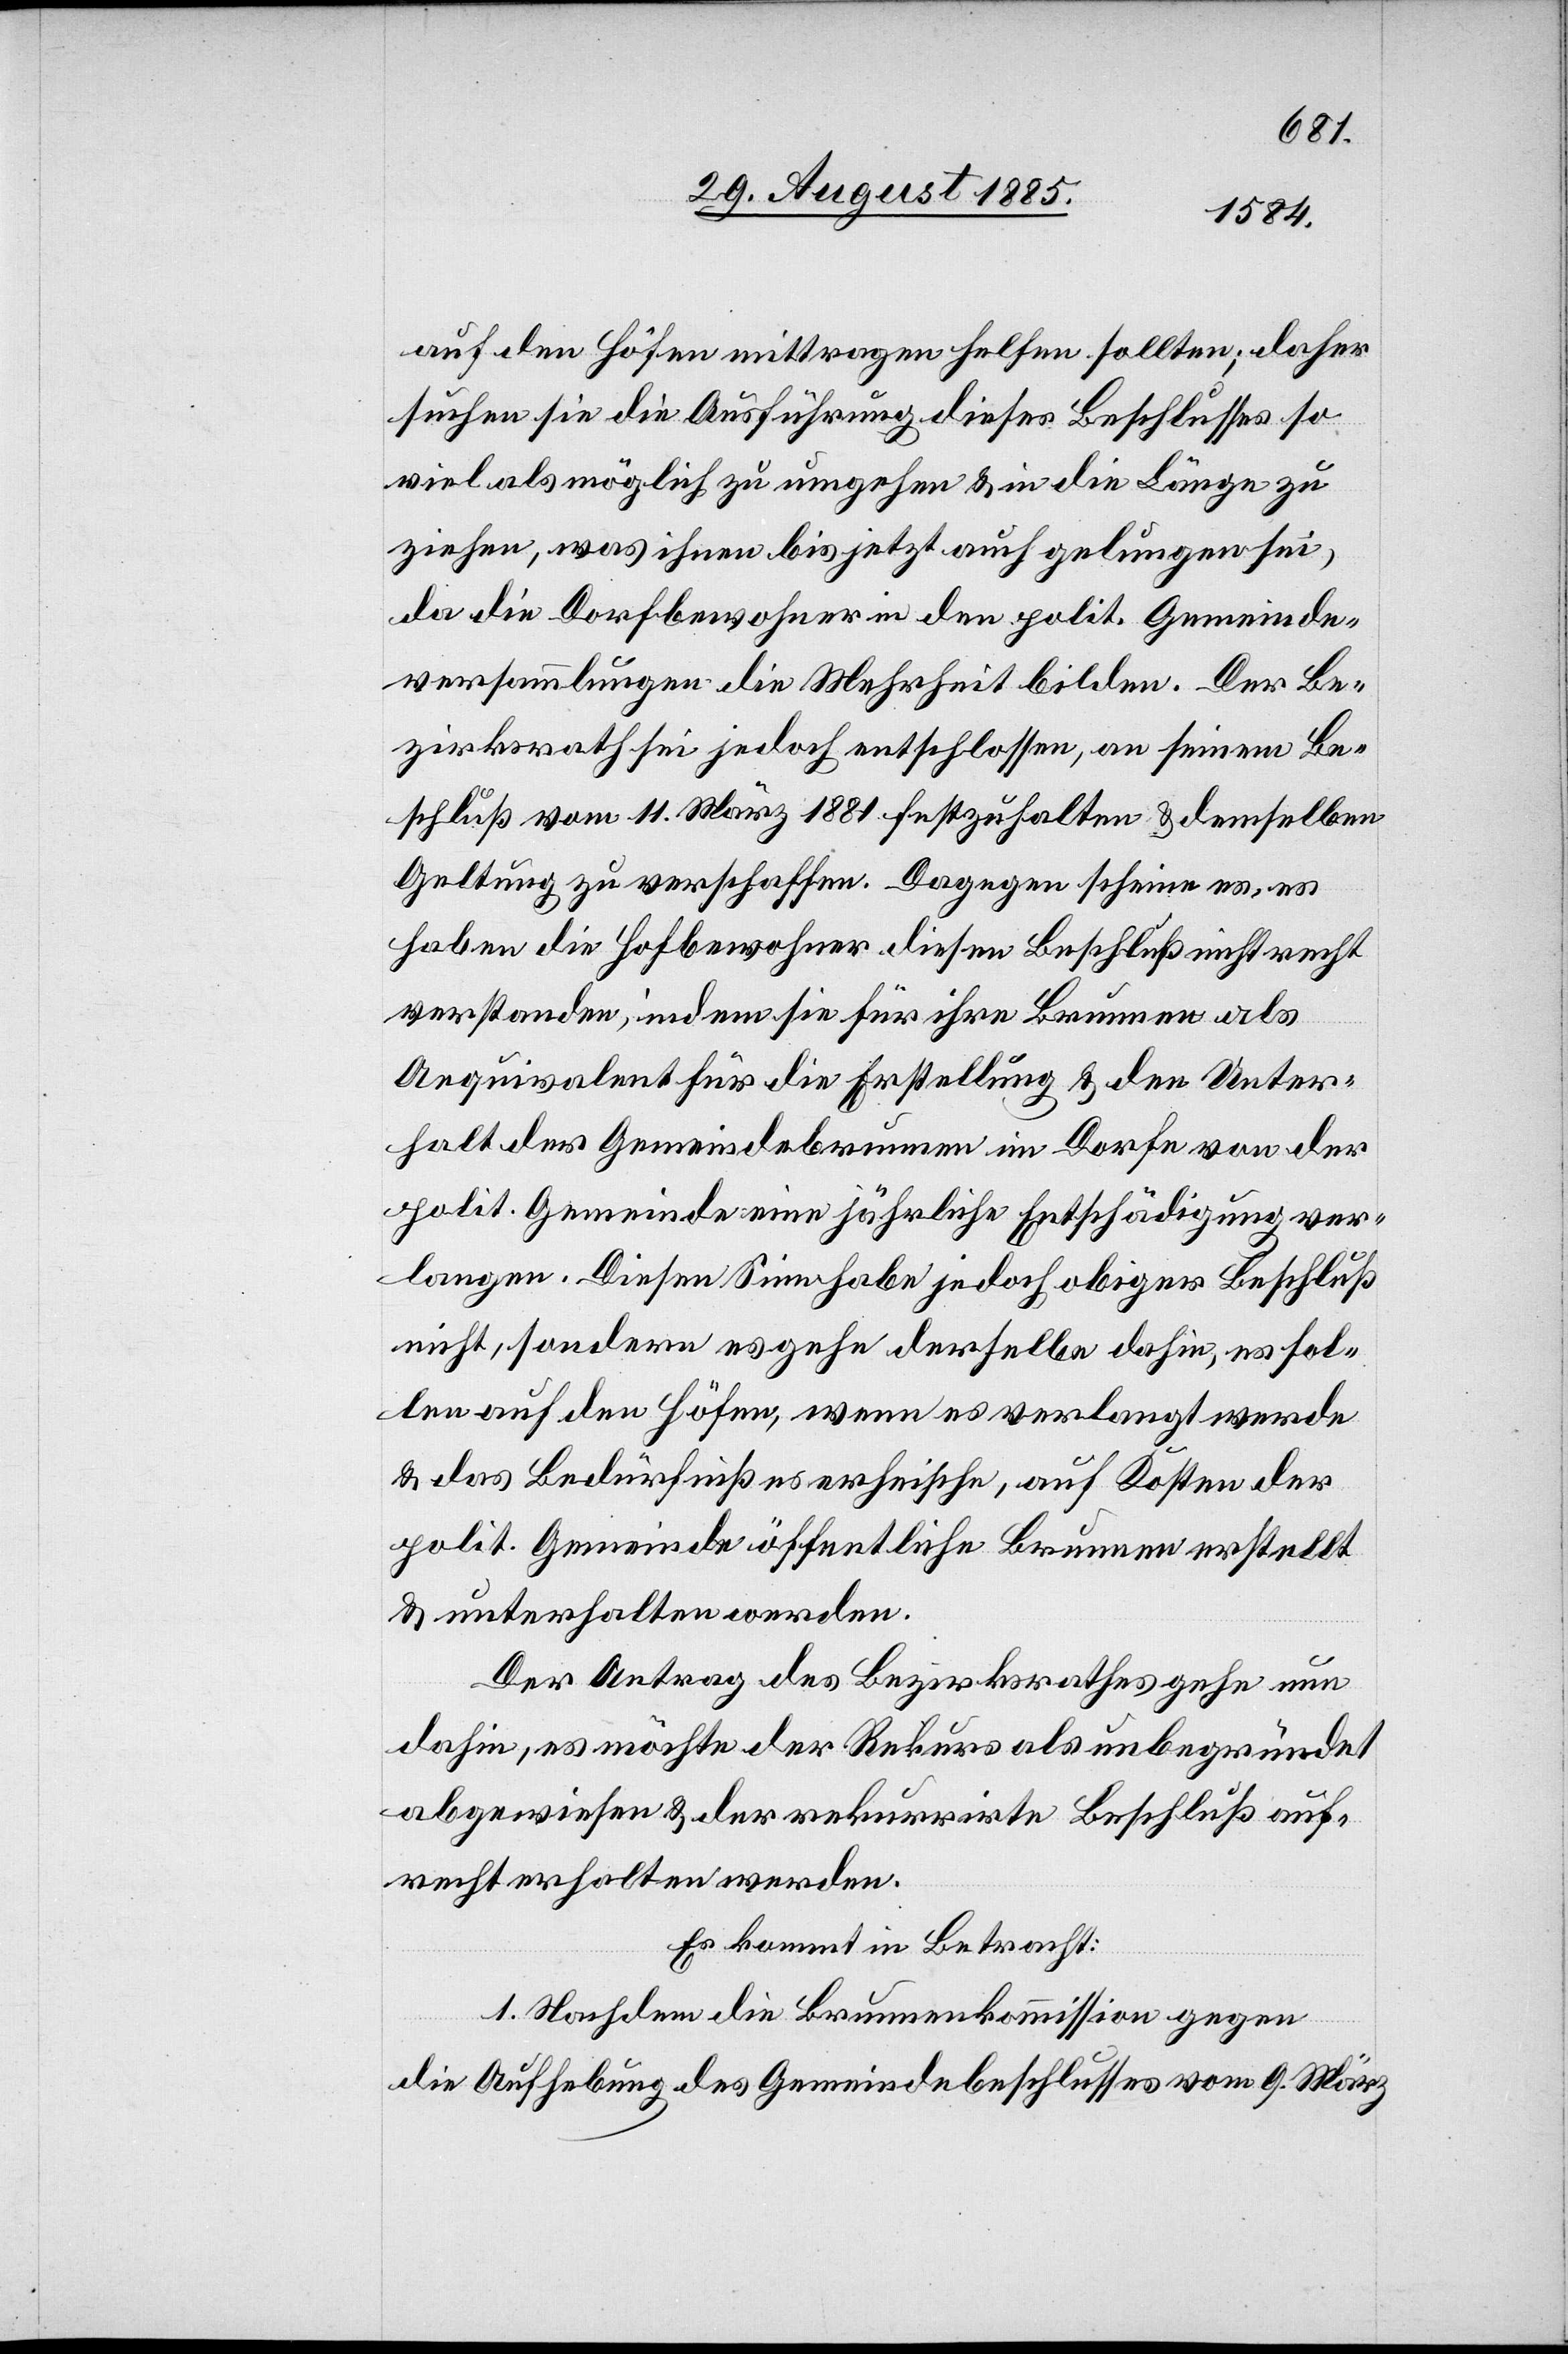
auf den Höfen mittragen helfen sollten; daher
suchen sie die Ausführung dieses Beschlusses so
viel als möglich zu umgehen & in die Länge zu
ziehen, was ihnen bis jetzt auch gelungen sei,
da die Dorfbewohner in den polit. Gemeinde¬
versammlungen die Mehrheit bilden. Der Be¬
zirksrath sei jedoch entschlossen, an seinem Be¬
schluß vom 11. März 1881 festzuhalten & demselben
Geltung zu verschaffen. Dagegen scheine es, es
haben die Hofbewohner diesen Beschluß nicht recht
verstanden, indem sie für ihre Brunnen als
Aequivalent für die Erstellung & den Unter¬
halt der Gemeindebrunnen im Dorfe von der
polit. Gemeinde eine jährliche Entschädigung ver¬
langen. Diesen Sinn habe jedoch obiger Beschluß
nicht, sondern es gehe derselbe dahin, es sol¬
len auf den Höfen, wenn es verlangt werde
& das Bedürfniß es erheische, auf Kosten der
polit. Gemeinde öffentliche Brunnen erstellt
& unterhalten werden.
Der Antrag des Bezirksrathes gehe nun
dahin, es möchte der Rekurs als unbegründet
abgewiesen & der rekurrirte Beschluß auf¬
recht erhalten werden.
Es kommt in Betracht:
1. Nachdem die Brunnenkommission gegen
die Aufhebung des Gemeindebeschlusses vom 9. März